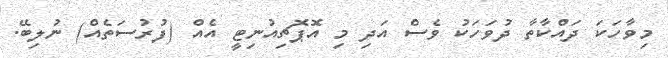
މިވާހަކަ ދައްކާތާ ދުވަހަކު ވެސް އަދި މި އޮޕޮޗިއުނިޓީ އެއް (ފުރުސަތެއް) ނުލިބޭ.